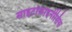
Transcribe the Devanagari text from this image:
साइटोकाइनीसिस